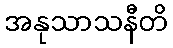
အနုသာသနီတိ